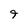
Character: 9